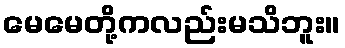
မေမေတို့ကလည်းမသိဘူး။